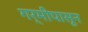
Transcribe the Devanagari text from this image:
गर्मीपासून